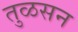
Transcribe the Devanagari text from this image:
तुळसन